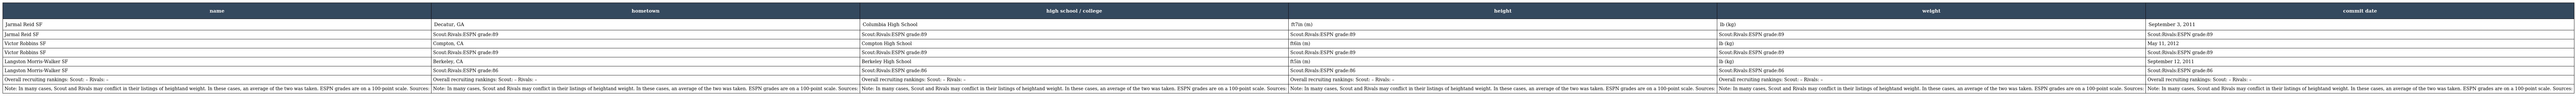
| name | hometown | high school / college | height | weight | commit date |
 | --- | --- | --- | --- | --- | --- |
 | Jarmal Reid SF | Decatur, GA | Columbia High School | ft7in (m) | lb (kg) | September 3, 2011 |
 | Jarmal Reid SF | Scout:Rivals:ESPN grade:89 | Scout:Rivals:ESPN grade:89 | Scout:Rivals:ESPN grade:89 | Scout:Rivals:ESPN grade:89 | Scout:Rivals:ESPN grade:89 |
 | Victor Robbins SF | Compton, CA | Compton High School | ft6in (m) | lb (kg) | May 11, 2012 |
 | Victor Robbins SF | Scout:Rivals:ESPN grade:89 | Scout:Rivals:ESPN grade:89 | Scout:Rivals:ESPN grade:89 | Scout:Rivals:ESPN grade:89 | Scout:Rivals:ESPN grade:89 |
 | Langston Morris-Walker SF | Berkeley, CA | Berkeley High School | ft5in (m) | lb (kg) | September 12, 2011 |
 | Langston Morris-Walker SF | Scout:Rivals:ESPN grade:86 | Scout:Rivals:ESPN grade:86 | Scout:Rivals:ESPN grade:86 | Scout:Rivals:ESPN grade:86 | Scout:Rivals:ESPN grade:86 |
 | Overall recruiting rankings: Scout: – Rivals: – | Overall recruiting rankings: Scout: – Rivals: – | Overall recruiting rankings: Scout: – Rivals: – | Overall recruiting rankings: Scout: – Rivals: – | Overall recruiting rankings: Scout: – Rivals: – | Overall recruiting rankings: Scout: – Rivals: – |
 | Note: In many cases, Scout and Rivals may conflict in their listings of heightand weight. In these cases, an average of the two was taken. ESPN grades are on a 100-point scale. Sources: | Note: In many cases, Scout and Rivals may conflict in their listings of heightand weight. In these cases, an average of the two was taken. ESPN grades are on a 100-point scale. Sources: | Note: In many cases, Scout and Rivals may conflict in their listings of heightand weight. In these cases, an average of the two was taken. ESPN grades are on a 100-point scale. Sources: | Note: In many cases, Scout and Rivals may conflict in their listings of heightand weight. In these cases, an average of the two was taken. ESPN grades are on a 100-point scale. Sources: | Note: In many cases, Scout and Rivals may conflict in their listings of heightand weight. In these cases, an average of the two was taken. ESPN grades are on a 100-point scale. Sources: | Note: In many cases, Scout and Rivals may conflict in their listings of heightand weight. In these cases, an average of the two was taken. ESPN grades are on a 100-point scale. Sources: |